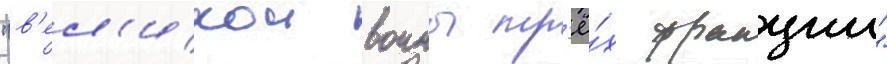
"в'ел'икои воины тр'ё́х фракции"